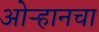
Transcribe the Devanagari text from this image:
ओऱ्हानचा